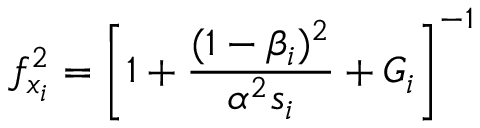
f _ { x _ { i } } ^ { 2 } = \left[ 1 + \frac { ( 1 - \beta _ { i } ) ^ { 2 } } { \alpha ^ { 2 } s _ { i } } + { \cal G } _ { i } \right] ^ { - 1 }